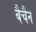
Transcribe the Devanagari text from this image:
बैचैन